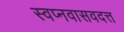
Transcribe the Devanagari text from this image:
स्वप्नवासवदत्त